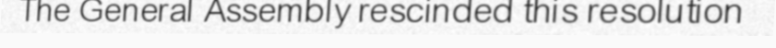
The General Assembly rescinded this resolution